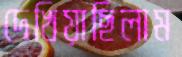
দেখিয়াছিলাম